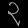
Digit: ၃